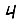
Digit: 4